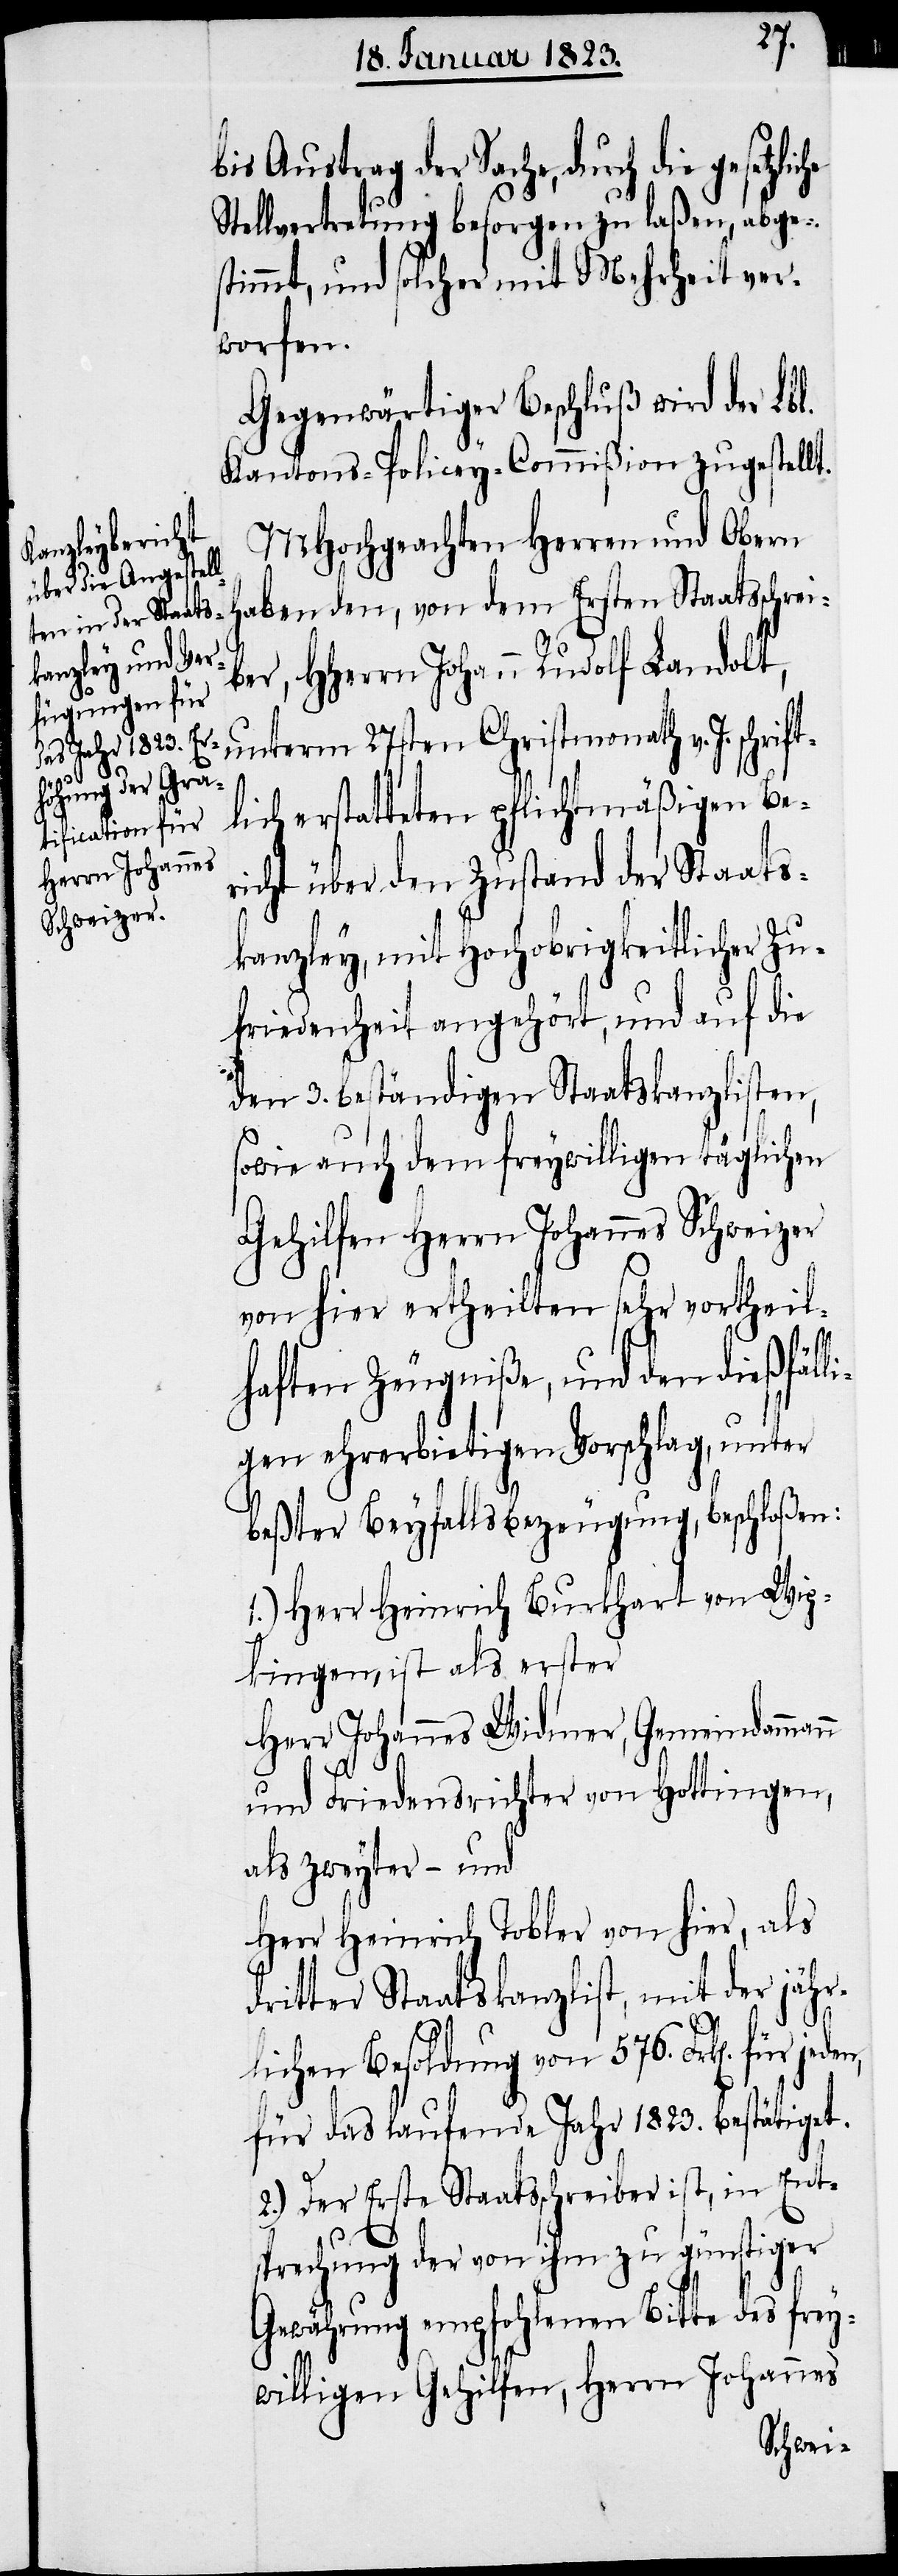
b¬
ift¬

bis Austrag der Sache, durch die gesetzl¬
Stellvertretung besorgen zu laßen, abge¬
stimmt, und solcher mit Mehrheit ver¬
worfen.
Gegenwärtiger Beschluß wird der Lbl.
Kantons-Policey-Commißion zugestellt.
MHochgeachten Herren und Obern
haben den, von dem Ersten Staatsschrei¬
er, HHerrn Johann Rudolf Landolt,
unterm 27sten Christmonath v. J. schr¬
lich erstatteten pflichtmäßigen Be¬
richt über den Zustand der Staats¬
kanzley, mit Hochobrigkeitlicher Zu¬
friedenheit angehört, und auf die
den 3. beständigen Staatskanzlisten,
sowie auch dem freywilligen täglichen
Gehilfen Herrn Johannes Schweizer
von hier ertheilten sehr vortheil¬
haften Zeugniße, und den dießfälli¬
gen ehrerbietigen Vorschlag, unter
beßter Beyfallsbezeugung, beschloßen:
1.) Herr Heinrich Burkhart von Wip¬
kingen, ist als erster
Herr Johannes Widmer, Gemeindammann
und Friedensrichter von Hottingen,
als zweyter – und
Herr Heinrich Tobler von hier, als
dritter Staatskanzlist, mit der jähr¬
lichen Besoldung von 576. Frk[en]. für
für das laufende Jahr 1823. bestätiget.
2.) Der Erste Staatsschreiber ist, in Ent¬
sprechung der von ihm zu günstiger
Gewährung empfohlenen Bitte des frey¬
willigen Gehilfen, Herrn Johannes